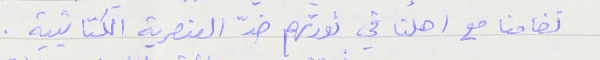
تضامنا مع اهلنا في ثورتهم ضدّ العنصرية الكتائبية.